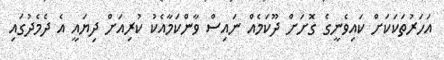
އަހަރުތަކަކަށް ކައިވެނީގެ ގޮށަށް ދޫކަމެއް ނައިސް ވާންކަމާއެކު ކުރިއަށް ދިޔައީ އެ ދެމެދުގައި